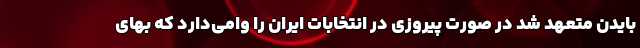
بایدن متعهد شد در صورت پیروزی در انتخابات ایران را وامی‌دارد که بهای